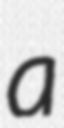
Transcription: a